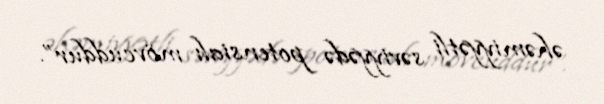
əhəmiyyətli səviyyədə potensialı mövcuddur”.